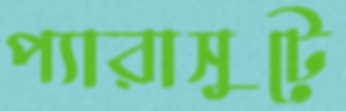
প্যারাসুটে